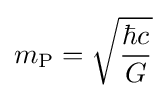
m_{\text{P}}={\sqrt {\frac {\hbar c}{G}}}